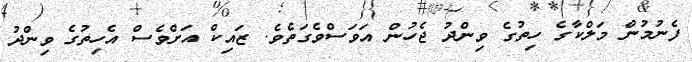
ފެނުމުން މަލްކާގެ ހިތުގެ ވިންދު ޖެހުން އަވަސްވެގަތެވެ. ޒައިކް އަށްވެސް އެހިތުގެ ވިންދު